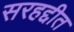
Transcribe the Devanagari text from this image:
सरहद्दीत